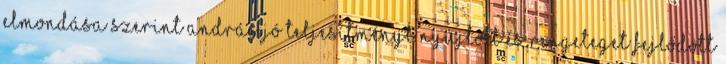
elmondása szerint András jó teljesítményt nyújtott és rengeteget fejlődött